Investigations on Bengal jail dietaries - Number 37
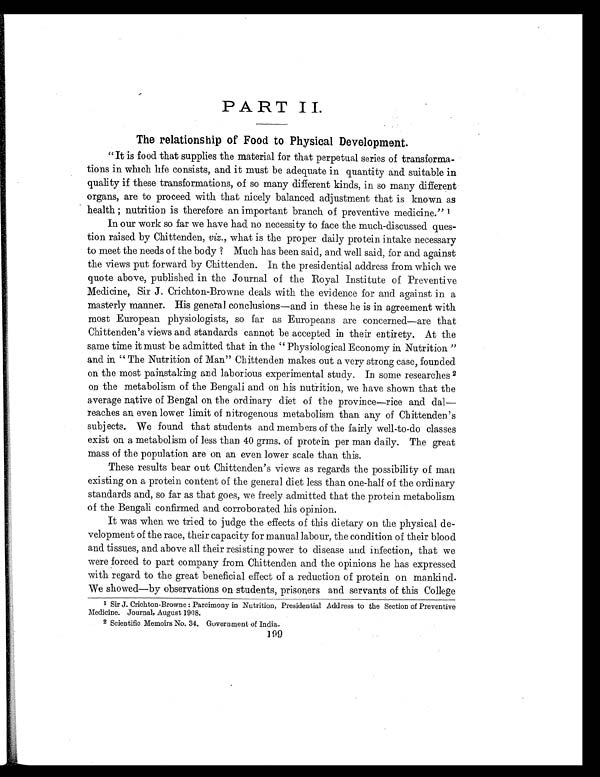
PART II.
The relationship of Food to Physical Development.
" It is food that supplies the material for that perpetual series of transforma-
tions in which life consists, and it must be adequate in quantity and suitable in
quality if these transformations, of so many different kinds, in so many different
organs, are to proceed with that nicely balanced adjustment that is known as
health ; nutrition is therefore an important branch of preventive medicine." 1
In our work so far we have had no necessity to face the much-discussed ques-
tion raised by Chittenden, viz., what is the proper daily protein intake necessary
to meet the needs of the body ? Much has been said, and well said, for and against
the views put forward by Chittenden. In the presidential address from which we
quote above, published in the Journal of the Royal Institute of Preventive
Medicine, Sir J. Crichton-Browne deals with the evidence for and against in a
masterly manner. His general conclusions—and in these he is in agreement with
most European physiologists, so far as Europeans are concerned—are that
Chittenden's views and standards cannot be accepted in their entirety. At the
same time it must be admitted that in the " Physiological Economy in. Nutrition "
and in " The Nutrition of Man" Chittenden makes out a very strong case, founded
on the most painstaking and laborious experimental study. In some researches 2
on the metabolism of the Bengali and on his nutrition, we have shown that the
average native of Bengal on the ordinary diet of the province—rice and dal—
reaches an even lower limit of nitrogenous metabolism than any of Chittenden's
subjects. We found that students and members of the fairly well-to-do classes
exist on a metabolism of less than 40 grms. of protein per man daily. The great
mass of the population. are on an even lower scale than this.
These results bear out Chittenden's views as regards the possibility of man
existing on a protein content of the general diet less than one-half of the ordinary
standards and, so far as that goes, we freely admitted that the protein metabolism
of the Bengali confirmed and corroborated his opinion.
It was when we tried to judge the effects of this dietary on the physical de-
velopment of the race, their capacity for manual labour, the condition of their blood
and tissues, and above all their resisting power to disease and infection, that we
were forced to part company from Chittenden and the opinions he has expressed
with regard to the great beneficial effect of a reduction of protein on mankind.
We showed—by observations on students, prisoners and servants of this College
1 Sir J. Crichton-Browne : Parcimony in Nutrition, Presidential Address to the Section of Preventive
Medicine. Journal, August 1908.
2 Scientific Memoirs No. 34. Government of India.
199